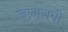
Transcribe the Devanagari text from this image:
जलालवी